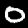
Label: 0